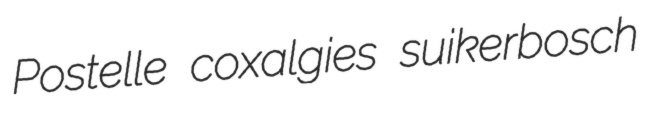
Postelle coxalgies suikerbosch